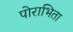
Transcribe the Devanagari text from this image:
पोराभिता